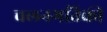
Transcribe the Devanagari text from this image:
चलनगतिकी